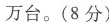
万台。(8分)